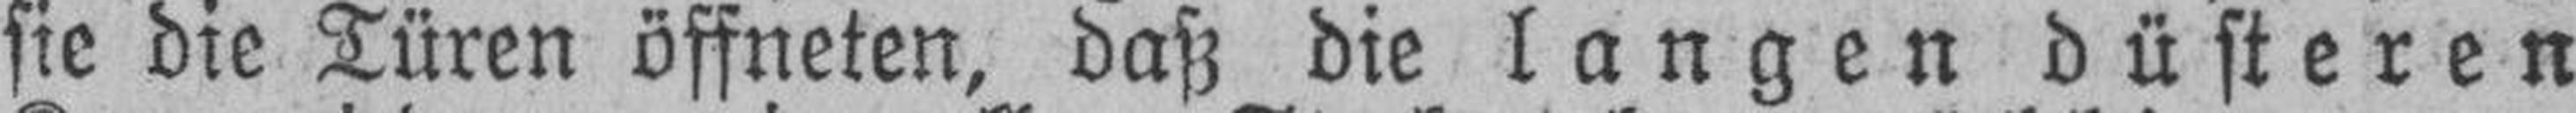
sie die Türen öffneten, daß die langen düsteren